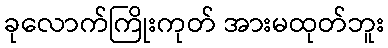
ခုလောက်ကြိုးကုတ် အားမထုတ်ဘူး